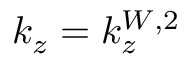
k _ { z } = k _ { z } ^ { W , 2 }